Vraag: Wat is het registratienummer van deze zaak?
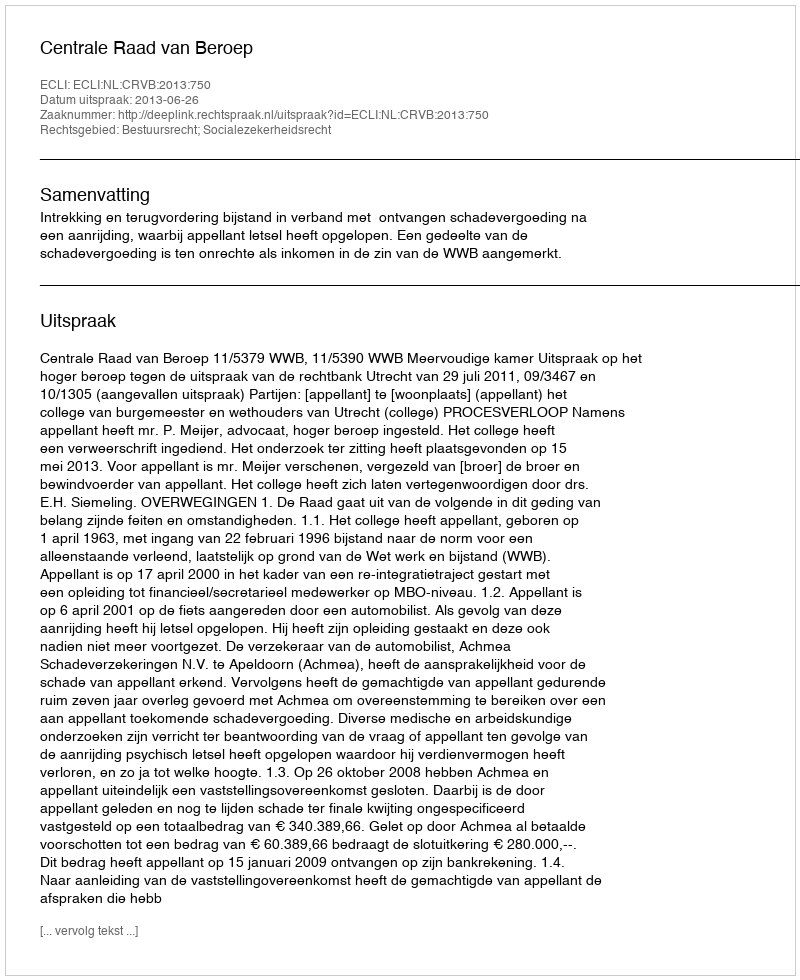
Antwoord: http://deeplink.rechtspraak.nl/uitspraak?id=ECLI:NL:CRVB:2013:750